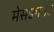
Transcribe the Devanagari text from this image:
मेसक्वायट